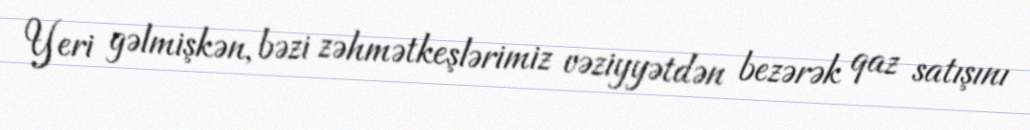
Yeri gəlmişkən, bəzi zəhmətkeşlərimiz vəziyyətdən bezərək qaz satışını